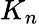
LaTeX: K_{n}